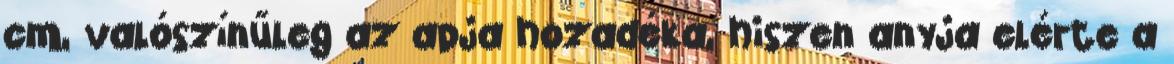
cm, valószínűleg az apja hozadéka, hiszen anyja elérte a